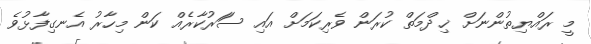
މީ ރައްޔިތުންނަށް ޚިދްމަތް ކުރަން ވެރިކަމަށް އައި ސަަރުކާރެއް ކަން މިހާރު އެނގިފާޅުވެ